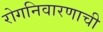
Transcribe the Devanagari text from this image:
रोगनिवारणाची